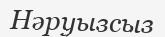
Нәруызсыз